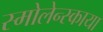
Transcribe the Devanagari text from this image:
स्मोलेन्स्काया